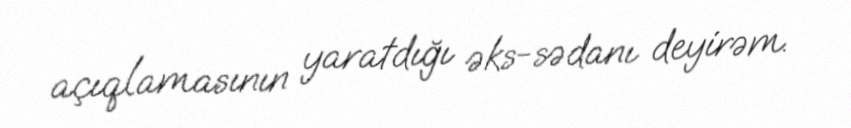
açıqlamasının yaratdığı əks-sədanı deyirəm.